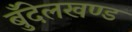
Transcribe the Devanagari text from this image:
बुँदेलखण्ड